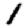
Digit: 1